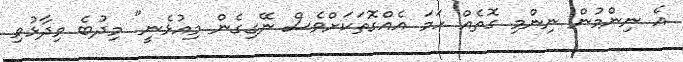
އެ ނިންމުން ނިންމި ގޮތެއް ހަަމަ އެއްގޮތަކަށްވެސް ނޭގިގެން މިއުޅެނީ" މިދުބެ ވިދާޅުވި